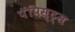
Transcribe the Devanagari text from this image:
पॅपिस्ट्स